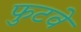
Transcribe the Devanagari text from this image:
फुटवे